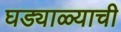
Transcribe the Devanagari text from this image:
घड्याळ्याची